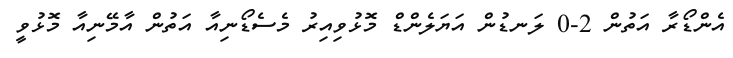
އެންޑޯރާ އަތުން 2-0 ލަނޑުން އަޔަލެންޑް މޮޅުވިއިރު މެސެޑޯނިއާ އަތުން އާމޭނިއާ މޮޅުވީ